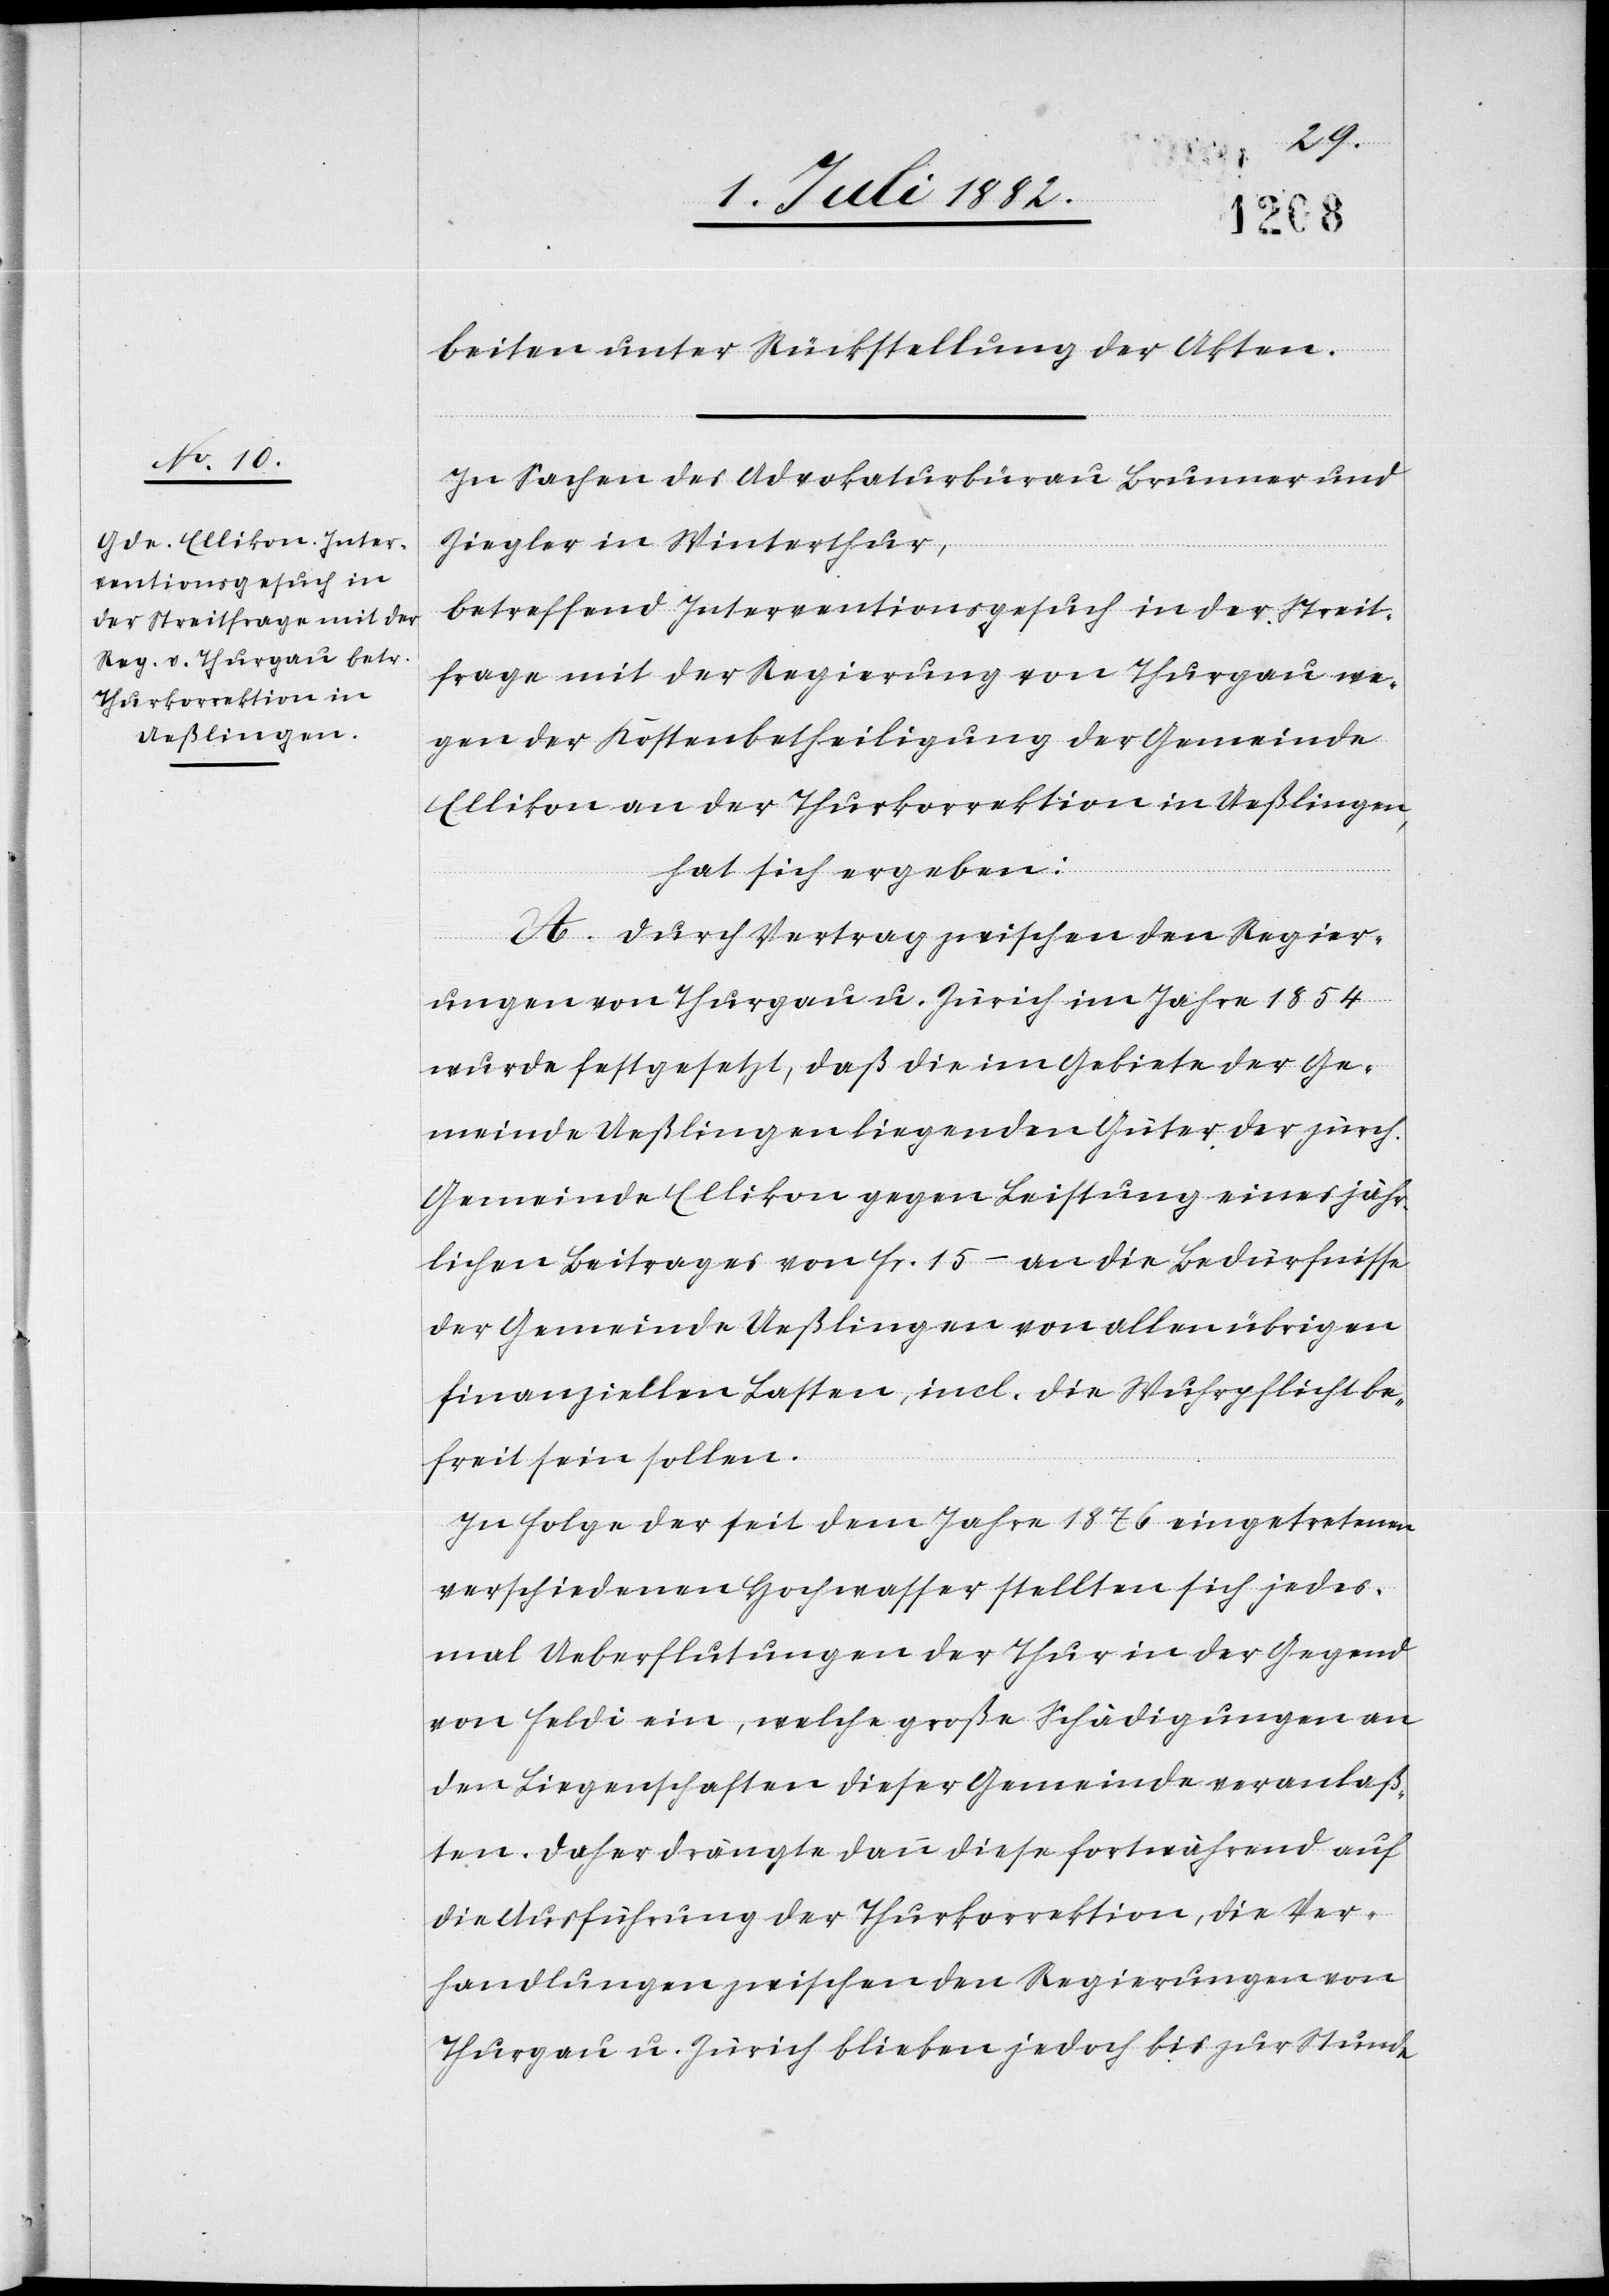
beiten unter Rückstellung der Akten.
In Sachen des Advokaturbüreau Brunner und
Ziegler in Winterthur,
betreffend Interventionsgesuch in der Streit¬
frage mit der Regierung von Thurgau we¬
gen der Kostenbetheiligung der Gemeinde
Ellikon an der Thurkorrektion in Ueßlingen,
hat sich ergeben:
A. Durch Vertrag zwischen den Regier¬
ungen von Thurgau u. Zürich im Jahr 1854
wurde festgesetzt, daß die im Gebiete der Ge¬
meinde Ueßlingen liegenden Güter der zürch.
Gemeinde Ellikon gegen Leistung eines jähr¬
lichen Beitrages von Fr. 15.– an die Bedürfnisse
der Gemeinde Ueßlingen von allen übrigen
finanziellen Lasten, incl. die Wuhrpflicht be¬
freit sein sollen.
In Folge der seit dem Jahre 1876 eingetretenen
verschiedenen Hochwasser stellten sich jedes¬
mal Ueberflutungen der Thur in der Gegend
von Feldi ein, welche große Schädigungen an
den Liegenschaften dieser Gemeinde veranlaß¬
ten. Daher drängte dann diese fortwährend auf
die Ausführung der Thurkorrektion, die Ver¬
handlungen zwischen den Regierungen von
Thurgau u. Zürich blieben jedoch bis zur Stunde